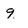
Character: 9